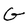
Character: G